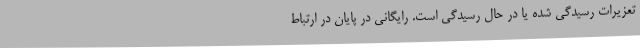
تعزیرات رسیدگی شده یا در حال رسیدگی است. رایگانی در پایان در ارتباط